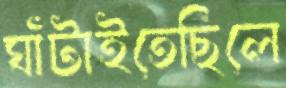
ঘাঁটাইতেছিলে